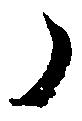
ノ